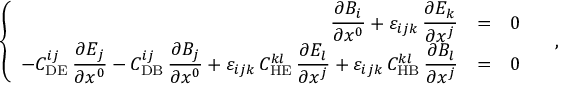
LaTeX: \left\{ \begin{array} { r c l } { { \displaystyle \frac { \partial B _ { i } } { \partial x ^ { 0 } } { } + { } \varepsilon _ { i j k } \, \displaystyle \frac { \partial E _ { k } } { \partial x ^ { j } } } } & { { = } } & { { 0 } } \\ { { - C _ { \mathrm { D E } } ^ { i j } \, \displaystyle \frac { \partial E _ { j } } { \partial x ^ { 0 } } { } - { } C _ { \mathrm { D B } } ^ { i j } \, \displaystyle \frac { \partial B _ { j } } { \partial x ^ { 0 } } { } + { } \varepsilon _ { i j k } \, C _ { \mathrm { H E } } ^ { k l } \, \displaystyle \frac { \partial E _ { l } } { \partial x ^ { j } } { } + { } \varepsilon _ { i j k } \, C _ { \mathrm { H B } } ^ { k l } \, \displaystyle \frac { \partial B _ { l } } { \partial x ^ { j } } } } & { { = } } & { { 0 } } \end{array} \right. \quad ,